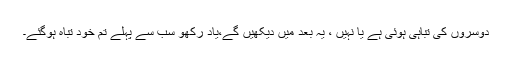
دوسروں کی تباہی ہوئی ہے یا نہیں ، یہ بعد میں دیکھیں گے،یاد رکھو سب سے پہلے تم خود تباہ ہوگئے۔